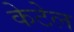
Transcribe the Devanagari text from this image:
केटेल